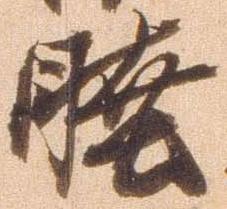
睦